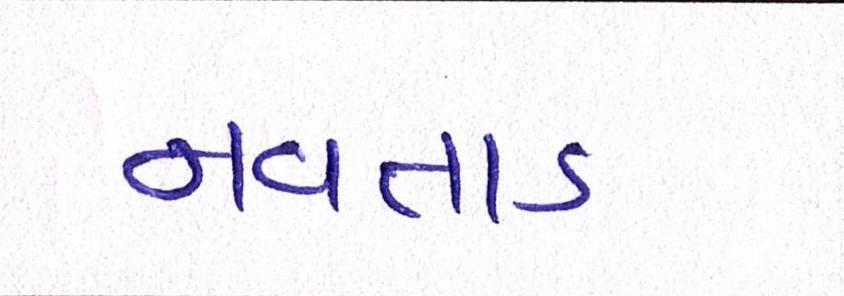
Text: નવતાડ